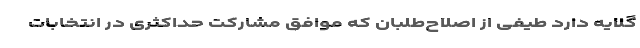
گلایه دارد طیفی از اصلاح‌طلبان که موافق مشارکت حداکثری در انتخابات